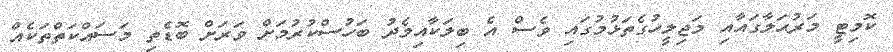
ކޮމިޓީ މަރުޙަލާގައާއި މަޖިލީހުގެތަޅުމުގައި ވެސް އެ ބިލަކާއިމެދު ބަހުސްކުރުމަށް ވަރަށް ބޮޑެތި މަސައްކަތްތަކެއް